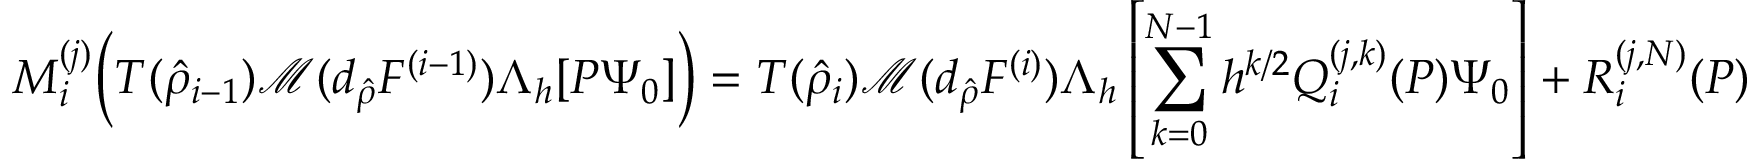
M _ { i } ^ { ( j ) } \Big ( T ( \hat { \rho } _ { i - 1 } ) \mathcal { M } ( d _ { \hat { \rho } } F ^ { ( i - 1 ) } ) \Lambda _ { h } [ P \Psi _ { 0 } ] \Big ) = T ( \hat { \rho } _ { i } ) \mathcal { M } ( d _ { \hat { \rho } } F ^ { ( i ) } ) \Lambda _ { h } \left[ \sum _ { k = 0 } ^ { N - 1 } h ^ { k / 2 } Q _ { i } ^ { ( j , k ) } ( P ) \Psi _ { 0 } \right] + R _ { i } ^ { ( j , N ) } ( P )